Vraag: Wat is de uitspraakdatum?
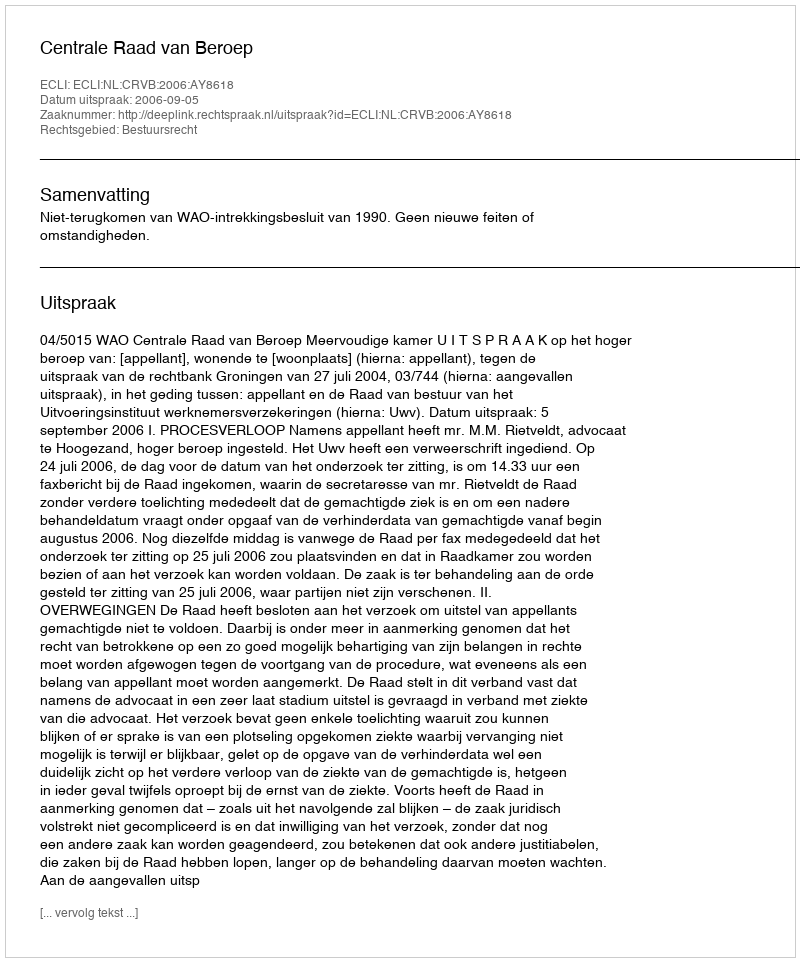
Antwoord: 2006-09-05